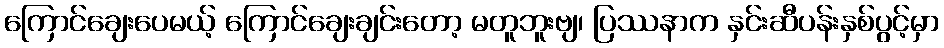
ကြောင်ချေးပေမယ့် ကြောင်ချေးချင်းတော့ မတူဘူးဗျ၊ ပြဿနာက နှင်းဆီပန်းနှစ်ပွင့်မှာ